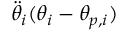
\ddot { \theta } _ { i } ( \theta _ { i } - \theta _ { p , i } )